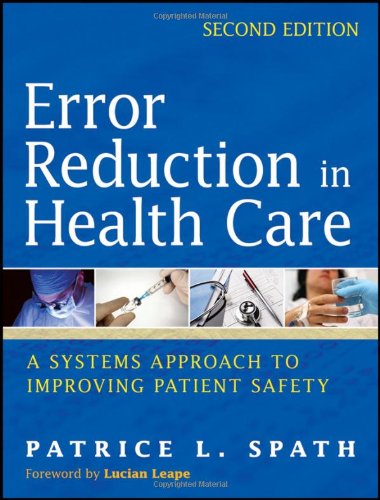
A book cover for Error Reduction in Health Care: A Systems Approach to Improving Patient Safety; Medical Books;